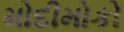
મોદીમોકો